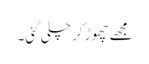
مجھے چھوڑ کر چلی گئی۔